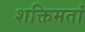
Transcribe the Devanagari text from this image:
शक्तिमतां